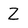
Character: Z